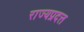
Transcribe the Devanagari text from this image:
राज्यप्रदत्त